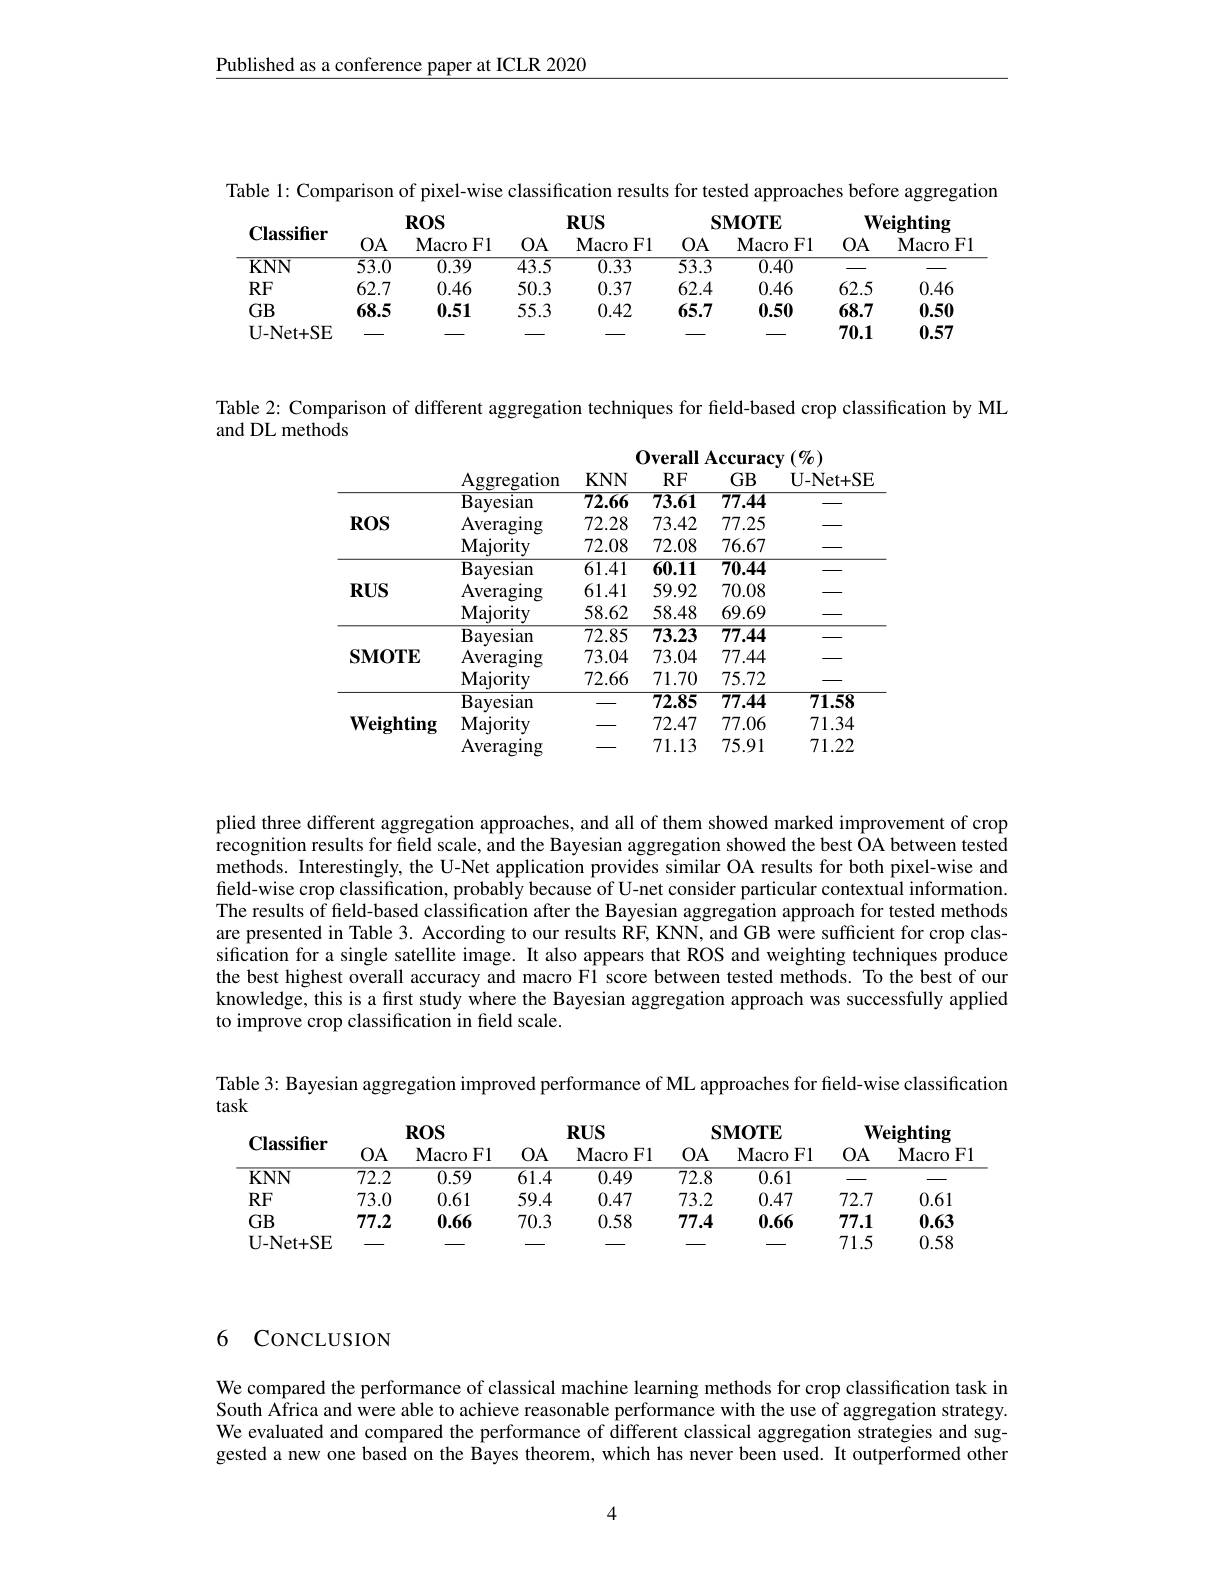
Published as a conference paper at ICLR 2020

<table>
	<tbody>
		<tr>
			<th>$\mathbf{Classifier}$</th>
			<th>$OA$</th>
			<th>$ROS$ $\mathbf{Macro}$ F1</th>
			<th>$OA$</th>
			<th>$RUS$ Macro $F1$</th>
			<th>$S.$ $OA$</th>
			<th>$\mathbf{MOTE}$ $\mathbf{Macro}$ F1</th>
			<th>$\mathbf{W}$ $OA$</th>
			<th>$\mathbf{eighting}$ $\mathbf{Macro}$ FI</th>
		</tr>
		<tr>
			<td>$KNN$</td>
			<td>$\overline{53.0}$</td>
			<td>0.39</td>
			<td>$\overline{43.5}$</td>
			<td>0.33</td>
			<td>$\overline{53.3}$</td>
			<td>0.40</td>
			<td> </td>
			<td> </td>
		</tr>
		<tr>
			<td>$RF$</td>
			<td>62.7</td>
			<td>0.46</td>
			<td>50.3</td>
			<td>0.37</td>
			<td>62.4</td>
			<td>0.46</td>
			<td>62.5</td>
			<td>0.46</td>
		</tr>
		<tr>
			<td>$GB$</td>
			<td>68.5</td>
			<td>0.51</td>
			<td>55.3</td>
			<td>0.42</td>
			<td>65.7</td>
			<td>0.50</td>
			<td>68.7</td>
			<td>0.50</td>
		</tr>
		<tr>
			<td>$\mathbf{U}-\mathbf{N}et+\mathbf{SE}$</td>
			<td> </td>
			<td> </td>
			<td> </td>
			<td> </td>
			<td> </td>
			<td> </td>
			<td>70.1</td>
			<td>0.57</td>
		</tr>
	</tbody>
</table>

Table 2: Comparison of different aggregation techniques for freld-based crop classification by ML

and DL methods

Overall Accuracy $(\%)$
<table>
	<tbody>
		<tr>
			<td rowspan="3">$ROS$</td>
			<td>Bayesian</td>
			<td>72.66</td>
			<td>73.61</td>
			<td>77.44</td>
			<td> </td>
		</tr>
		<tr>
			<td>Averaging</td>
			<td>72.28</td>
			<td>73.42</td>
			<td>77.25</td>
			<td> </td>
		</tr>
		<tr>
			<td>$\mathbf{Majoritv}$</td>
			<td>72.08</td>
			<td>72.08</td>
			<td>76.67</td>
			<td> </td>
		</tr>
		<tr>
			<td> </td>
			<td>$\mathbf{Bayesian}$</td>
			<td>61.41</td>
			<td>$\overline{60.11}$</td>
			<td>70.44</td>
			<td> </td>
		</tr>
		<tr>
			<td rowspan="2">$RUS$</td>
			<td>Averaging</td>
			<td>61.41</td>
			<td>59.92</td>
			<td>70.08</td>
			<td> </td>
		</tr>
		<tr>
			<td>$\mathbf{Majority}$</td>
			<td>58.62</td>
			<td>58.48</td>
			<td>69.69</td>
			<td> </td>
		</tr>
		<tr>
			<td rowspan="3">$\mathbf{SMOTE}$</td>
			<td>Bayesian</td>
			<td>72.85</td>
			<td>73.23</td>
			<td>77.44</td>
			<td> </td>
		</tr>
		<tr>
			<td>$\operatorname{Averaging}$</td>
			<td>73.04</td>
			<td>73.04</td>
			<td>77.44</td>
			<td> </td>
		</tr>
		<tr>
			<td>$\mathbf{Majority}$</td>
			<td>72.66</td>
			<td>71.70</td>
			<td>75.72</td>
			<td> </td>
		</tr>
		<tr>
			<td rowspan="3">$\mathbf{Weighting}$</td>
			<td>$\mathbf{Bayesian}$</td>
			<td> </td>
			<td>$\overline{72.85}$</td>
			<td>77.44</td>
			<td>71.58</td>
		</tr>
		<tr>
			<td>$\mathbf{Majority}$</td>
			<td> </td>
			<td>72.47</td>
			<td>77.06</td>
			<td>71.34</td>
		</tr>
		<tr>
			<td>Averaging</td>
			<td> </td>
			<td>71.13</td>
			<td>75.91</td>
			<td>71.22</td>
		</tr>
	</tbody>
</table>

plied three different aggregation approaches, and all of them showed marked improvement of crop recognition results for field scale, and the Bayesian aggregation showed the best OA between tested methods. Interestingly, the U-Net application provides similar OA results for both pixel-wise and field-wise crop classification, probably because of U-net consider particular contextual information. The results of feld-based classification after the Bayesian aggregation approach for tested methods are presented in Table 3. According to our results RF, KNN, and GB were sufficient for crop classification for a single satellite image. It also appears that ROS and weighting techniques produce the best highest overall accuracy and macro F1 score between tested methods. To the best of our knowledge, this is a first study where the Bayesian aggregation approach was successfully applied to improve crop classification in field scale.

Table 3: Bayesian aggregation improved performance of ML approaches for field-wise classification
task
<table>
	<tbody>
		<tr>
			<th>Classifier</th>
			<th>$OA$</th>
			<th>$ROS$ $\mathbf{Macro}$ F1</th>
			<th>$OA$</th>
			<th>$RUS$ Macro $,F1$ </th>
			<th>$S$ $OA$</th>
			<th>$\mathbf{MOTE}$ Macro $F1$</th>
			<th>$W$ $OA$</th>
			<th>$\mathbf{eighting}$ Macro $F1$</th>
		</tr>
		<tr>
			<td>$KNN$</td>
			<td>$\overline{72.2}$</td>
			<td>0.59</td>
			<td>$\overline{61.4}$</td>
			<td>0.49</td>
			<td>$\overline{72.8}$</td>
			<td>0.61</td>
			<td> </td>
			<td> </td>
		</tr>
		<tr>
			<td>$RF$</td>
			<td>73.0</td>
			<td>0.61</td>
			<td>59.4</td>
			<td>0.47</td>
			<td>73.2</td>
			<td>0.47</td>
			<td>72.7</td>
			<td>0.61</td>
		</tr>
		<tr>
			<td>$GB$</td>
			<td>77.2</td>
			<td>0.66</td>
			<td>70.3</td>
			<td>0.58</td>
			<td>77.4</td>
			<td>0.66</td>
			<td>77.1</td>
			<td>0.63</td>
		</tr>
		<tr>
			<td>$\mathbf{U}-\mathbf{N}et+\mathbf{SE}$</td>
			<td> </td>
			<td> </td>
			<td> </td>
			<td> </td>
			<td> </td>
			<td> </td>
			<td>71.5</td>
			<td>0.58</td>
		</tr>
	</tbody>
</table>

### 6 CONCLUSION

We compared the performance of classical machine learning methods for crop classification task in South Africa and were able to achieve reasonable performance with the use of aggregation strategy. We evaluated and compared the performance of different classical aggregation strategies and suggested a new one based on the Bayes theorem, which has never been used. It outperformed other